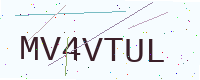
Text: MV4VTUL